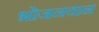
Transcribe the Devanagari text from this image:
भोजनयान